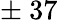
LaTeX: \pm\nobreakspace 37\nobreakspace